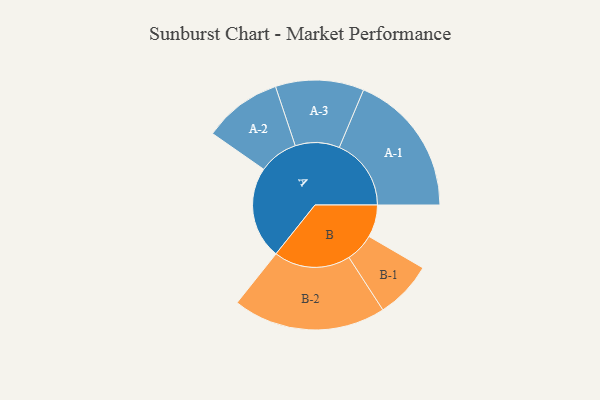
{"axis": {"x": "Segment", "y": "Value"}, "legend": ["", "A", "B"], "data": [{"x": "A", "y": 334, "type": ""}, {"x": "B", "y": 117, "type": ""}, {"x": "A-1", "y": 260, "type": "A"}, {"x": "A-2", "y": 142, "type": "A"}, {"x": "A-3", "y": 160, "type": "A"}, {"x": "B-1", "y": 104, "type": "B"}, {"x": "B-2", "y": 277, "type": "B"}]}